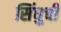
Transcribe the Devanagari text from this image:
सिंधुची